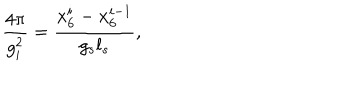
\frac { 4 \pi } { g _ { i } ^ { 2 } } = \frac { x _ { 6 } ^ { i } - x _ { 6 } ^ { i - 1 } } { g _ { s } l _ { s } } ,